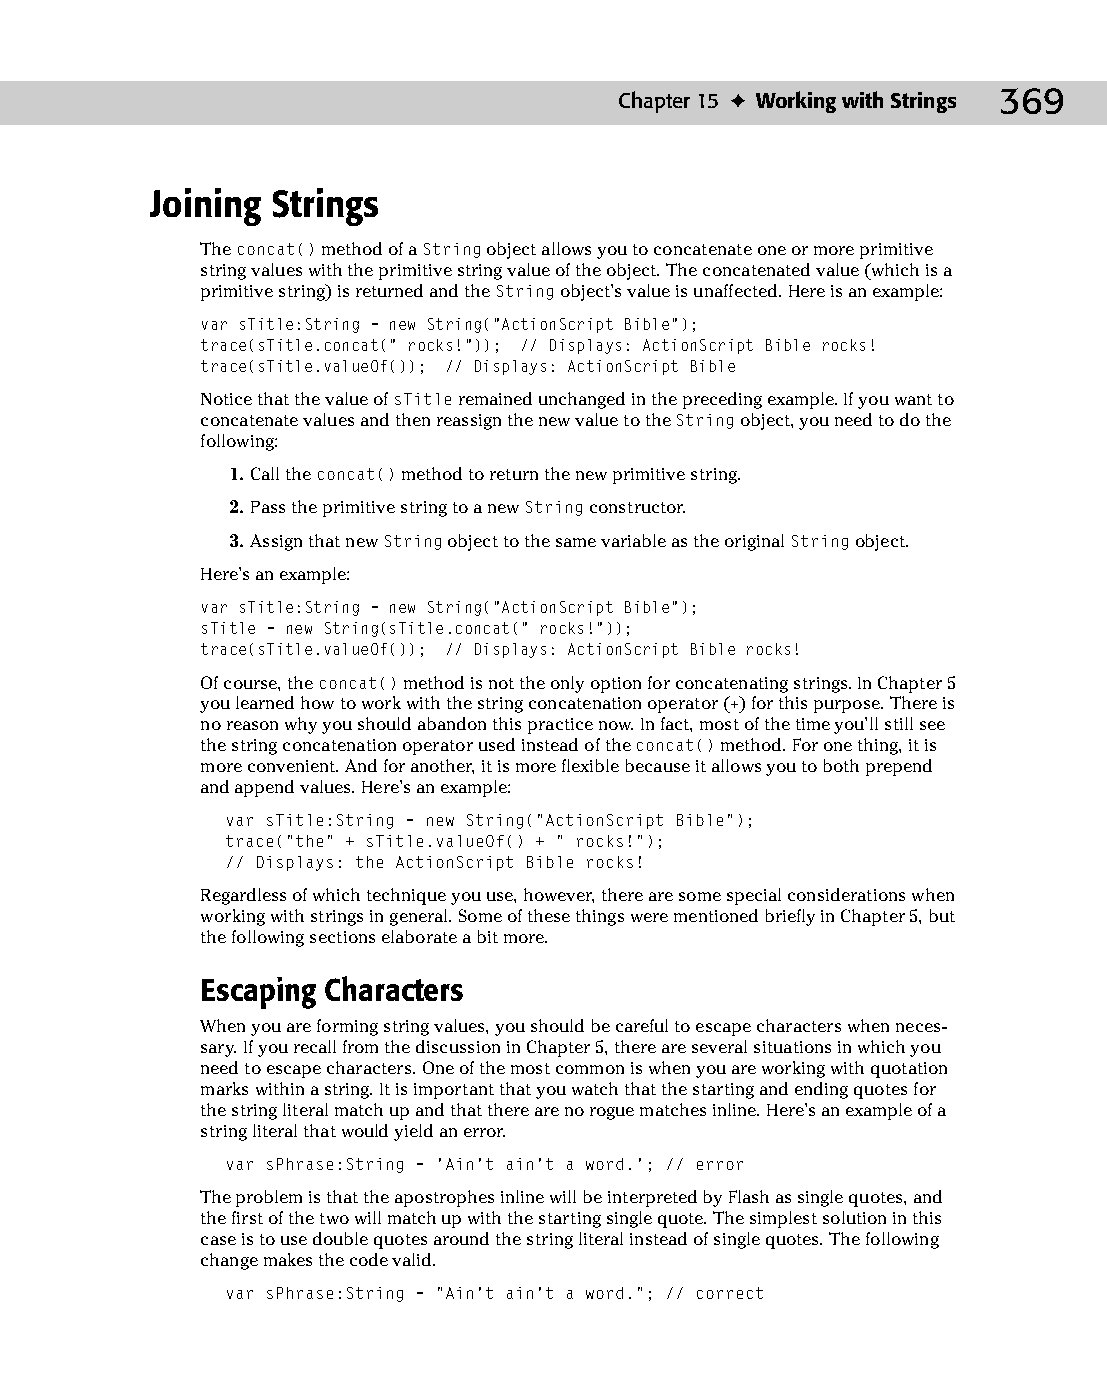
20 543547 ch15.qxd 3/24/04 4:11 PM Page 369
 Chapter 15 ✦ Working with Strings 369
 Joining Strings
 The concat() method of a String object allows you to concatenate one or more primitive
 string values with the primitive string value of the object. The concatenated value (which is a
 primitive string) is returned and the String object’s value is unaffected. Here is an example:
 var sTitle:String = new String(“ActionScript Bible”);
 trace(sTitle.concat(“ rocks!”)); // Displays: ActionScript Bible rocks!
 trace(sTitle.valueOf()); // Displays: ActionScript Bible
 Notice that the value of sTitle remained unchanged in the preceding example. If you want to
 concatenate values and then reassign the new value to the String object, you need to do the
 following:
 1. Call the concat() method to return the new primitive string.
 2. Pass the primitive string to a new String constructor.
 3. Assign that new String object to the same variable as the original String object.
 Here’s an example:
 var sTitle:String = new String(“ActionScript Bible”);
 sTitle = new String(sTitle.concat(“ rocks!”));
 trace(sTitle.valueOf()); // Displays: ActionScript Bible rocks!
 Of course, the concat() method is not the only option for concatenating strings. In Chapter 5
 you learned how to work with the string concatenation operator (+) for this purpose. There is
 no reason why you should abandon this practice now. In fact, most of the time you’ll still see
 the string concatenation operator used instead of the concat() method. For one thing, it is
 more convenient. And for another, it is more flexible because it allows you to both prepend
 and append values. Here’s an example:
 var sTitle:String = new String(“ActionScript Bible”);
 trace(“the” + sTitle.valueOf() + “ rocks!”);
 // Displays: the ActionScript Bible rocks!
 Regardless of which technique you use, however, there are some special considerations when
 working with strings in general. Some of these things were mentioned briefly in Chapter 5, but
 the following sections elaborate a bit more.
 Escaping Characters
 When you are forming string values, you should be careful to escape characters when neces­
 sary. If you recall from the discussion in Chapter 5, there are several situations in which you
 need to escape characters. One of the most common is when you are working with quotation
 marks within a string. It is important that you watch that the starting and ending quotes for
 the string literal match up and that there are no rogue matches inline. Here’s an example of a
 string literal that would yield an error.
 var sPhrase:String = ‘Ain’t ain’t a word.’; // error
 The problem is that the apostrophes inline will be interpreted by Flash as single quotes, and
 the first of the two will match up with the starting single quote. The simplest solution in this
 case is to use double quotes around the string literal instead of single quotes. The following
 change makes the code valid.
 var sPhrase:String = “Ain’t ain’t a word.”; // correct